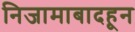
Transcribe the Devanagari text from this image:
निजामाबादहून